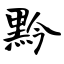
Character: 黔